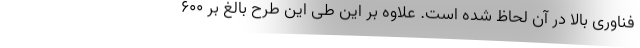
فناوری بالا در آن لحاظ شده است. علاوه بر این طی این طرح بالغ بر ۶۰۰